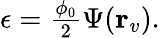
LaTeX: \begin{array}{r}{\epsilon=\frac{\phi_{0}}{2}\Psi({\mathbf r}_{v}).}\end{array}